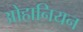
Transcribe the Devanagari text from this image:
ओहानियन